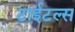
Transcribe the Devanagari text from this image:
टाईटल्स